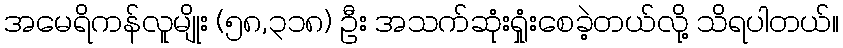
အမေရိကန်လူမျိုး (၅၈,၃၁၈) ဦး အသက်ဆုံးရှုံးစေခဲ့တယ်လို့ သိရပါတယ်။